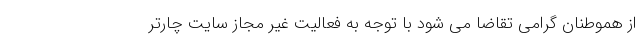
از هموطنان گرامی تقاضا می شود با توجه به فعالیت غیر مجاز سایت چارتر